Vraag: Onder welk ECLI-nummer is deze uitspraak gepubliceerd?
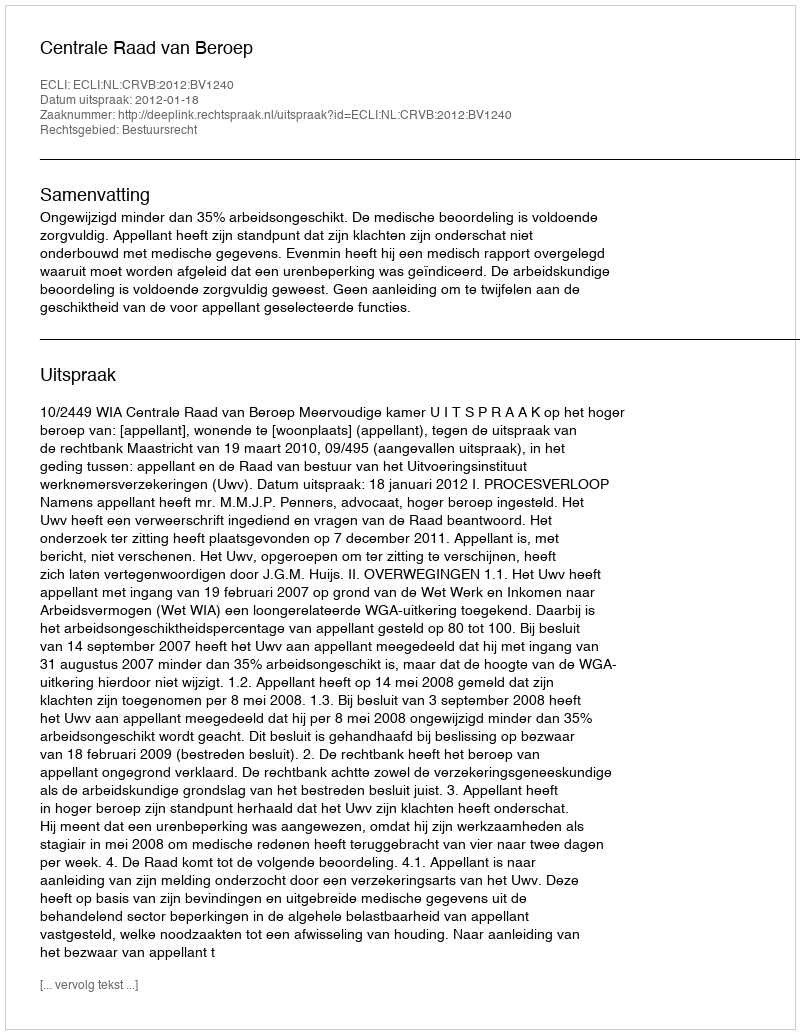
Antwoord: ECLI:NL:CRVB:2012:BV1240